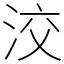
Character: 洨